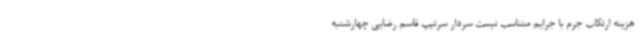
هزینه‌ ارتکاب جرم با جرایم متناسب نیست سردار سرتیپ قاسم رضایی چهارشنبه